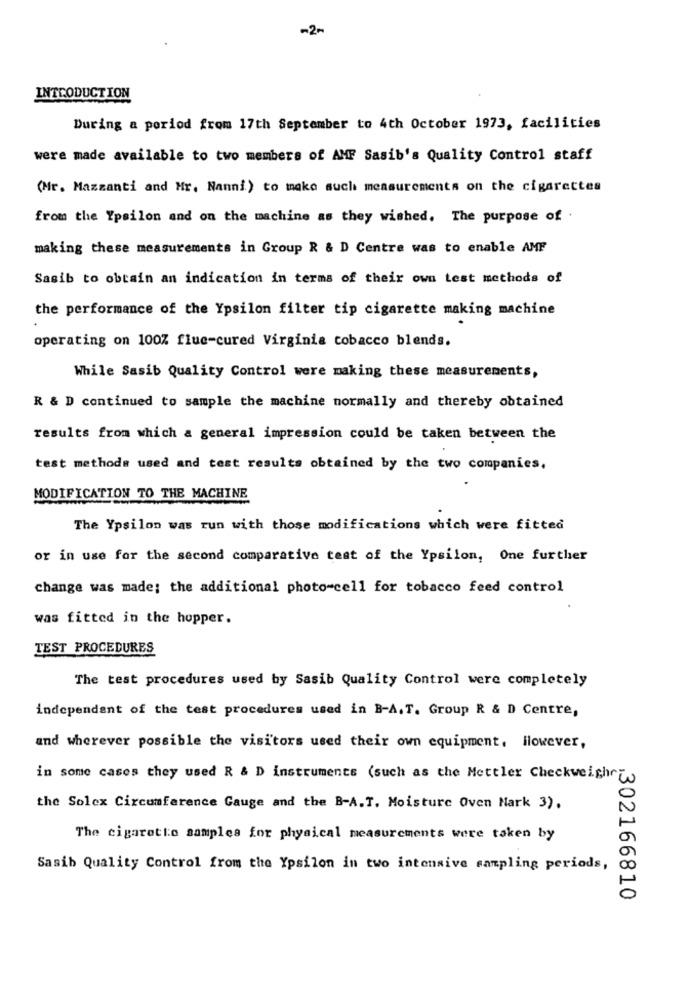
-2-
INTRODUCTION
During a period from 17th September to 4th October 1973, facilities
were made available to two members of AMF Sasib's Quality Control staff
(Mr. Mazzanti and Mr. Nanni) to make such measurements on the cigarettes
from the Ypsilon and on the machine as they wished. The purpose of .
making these measurements in Group R & D Centre was to enable AMF
Sasib to obtain an indication in terms of their own test methods of
the performance of the Ypsilon filter tip cigarette making machine
operating on 100% flue-cured Virginia tobacco blends.
While Sasib Quality Control were making these measurements,
R & D continued to sample the machine normally and thereby obtained
results from which & general impression could be taken between the
test methods used and test results obtained by the two companies.
MODIFICATION TO THE MACHINE
The Ypsilon was run with those modifications which were fitted
or in use for the second comparative test of the Ypsilon, One further
change was made; the additional photo-cell for tobacco feed control
was fitted in the hupper.
TEST PROCEDURES
The test procedures used by Sasib Quality Control were completely
independent of the test procedures used in B-A.T. Group R & D Centre,
and wherever possible the visitors used their own equipment. However,
in some cases they used R & D instruments (such as the Mettler Checkweight
the Solex Circumference Gauge and the B-A.T. Moisture Oven Mark 3).
The cigarette samples for physical measurements were taken by
Sasib Quality Control from the Ypsilon in two intensive sampling periods,
,302166810